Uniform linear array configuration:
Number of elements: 48
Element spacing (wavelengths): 0.25
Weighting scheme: hann
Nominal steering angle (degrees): -45
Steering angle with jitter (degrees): -44.576
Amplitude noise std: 0.05
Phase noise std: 0.05

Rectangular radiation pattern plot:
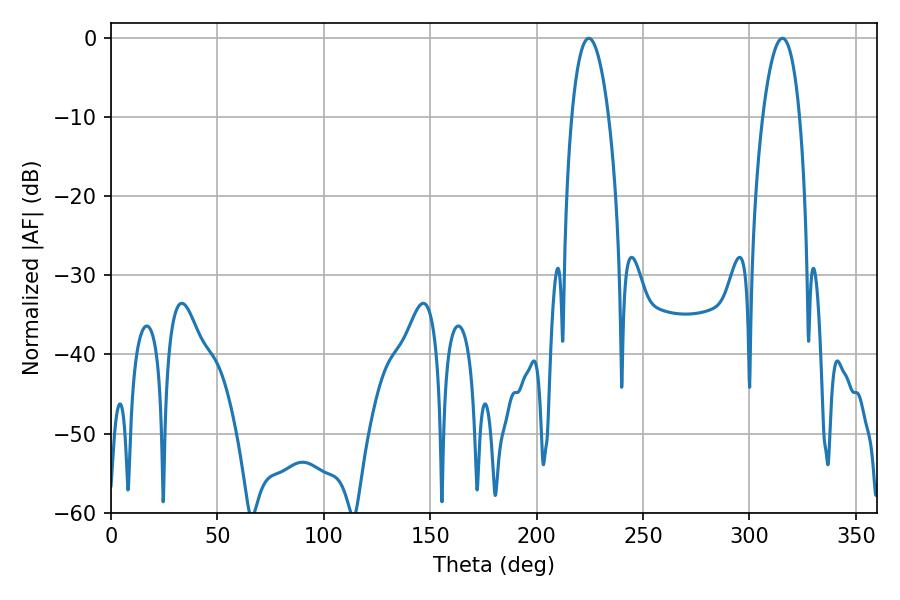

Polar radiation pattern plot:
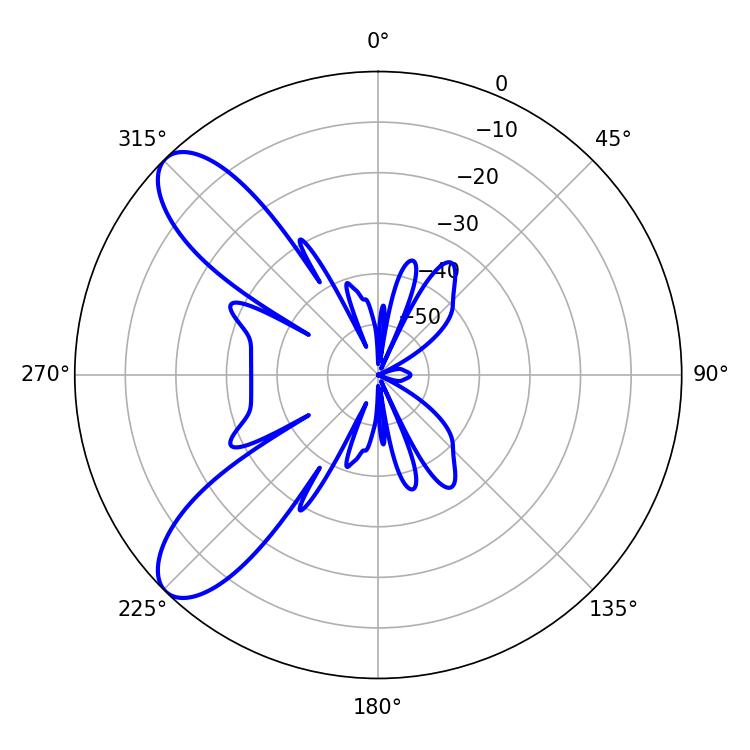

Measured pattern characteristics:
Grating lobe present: FALSE
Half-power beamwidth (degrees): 9.54
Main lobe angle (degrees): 224.46